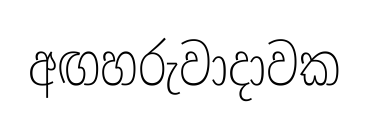
අඟහරුවාදාවක